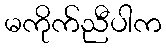
မကိုက်ညီပါက